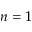
n = 1